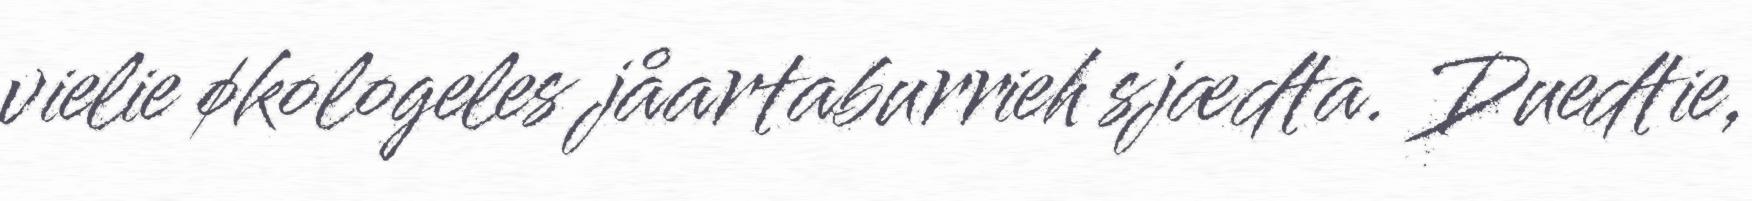
vielie økologeles jåartaburrieh sjædta. Duedtie,